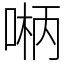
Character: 𫪲